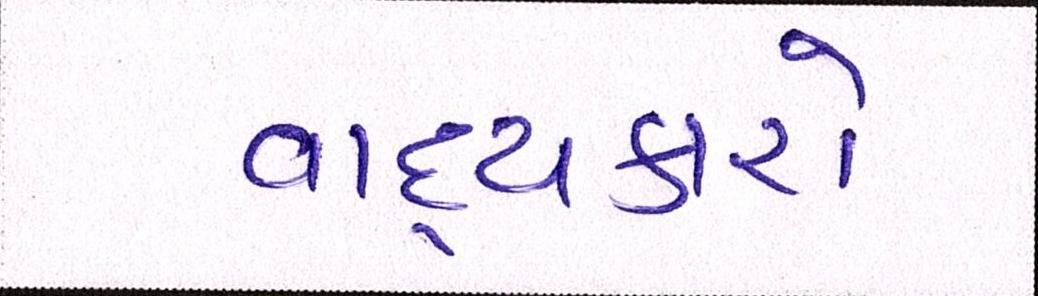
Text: વાદ્યકારો